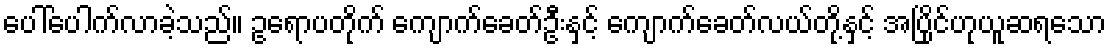
ပေါ်ပေါက်လာခဲ့သည်။ ဥရောပတိုက် ကျောက်ခေတ်ဦးနှင့် ကျောက်ခေတ်လယ်တို့နှင့် အပြိုင်ဟုယူဆရသော